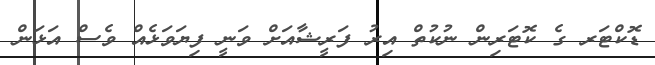
ޑޮކްޓަރ ގެ ކޮޓަރިން ނުކުތް އިރު ފަރީޝާއަށް ވަނީ ފިޔަވަޅެއް ވެސް އަޅަން